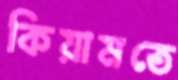
কিয়ামতে